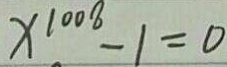
x ^ { 1 0 0 8 } - 1 = 0